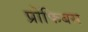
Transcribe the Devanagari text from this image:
प्रोफिबस